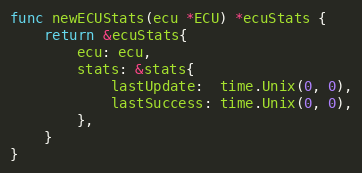
Language: Go
func newECUStats(ecu *ECU) *ecuStats {
	return &ecuStats{
		ecu: ecu,
		stats: &stats{
			lastUpdate:  time.Unix(0, 0),
			lastSuccess: time.Unix(0, 0),
		},
	}
}